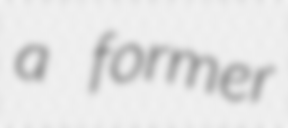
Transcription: a former